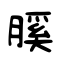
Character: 膎